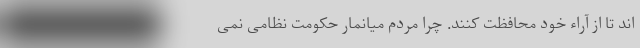
اند تا از آراء خود محافظت کنند. چرا مردم میانمار حکومت نظامی نمی